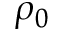
\rho _ { 0 }